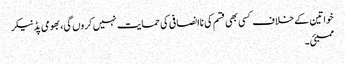
خواتین کے خلاف کسی بھی قسم کی ناانصافی کی حمایت نہیں کروں گی، بھومی پڈنیکر
ممبئی ۔